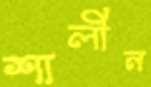
শালীন